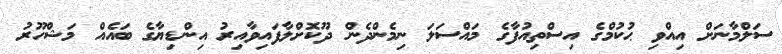
ސަލްމާނަށް އިއްވި ޙުކުމްގެ އިސްތިއުފާގެ މައްސަލަ ނިމެންދެން ދޫކޮށްލާފައިވާއިރު އިންޑިޔާގެ ބައެއް މަޝްހޫރު